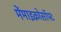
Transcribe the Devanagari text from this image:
मेंमाइक्रोसॉफ्ट